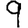
Digit: 9